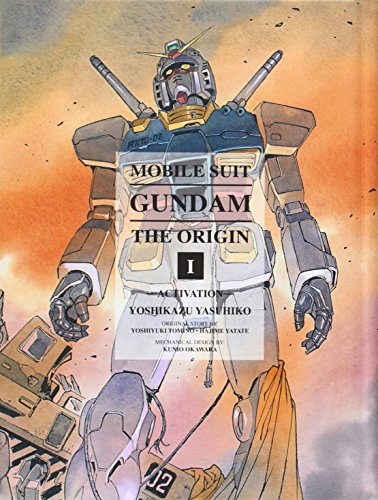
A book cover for Mobile Suit Gundam: The Origin, Vol. 1- Activation; Yoshikazu Yasuhiko; Comics & Graphic Novels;